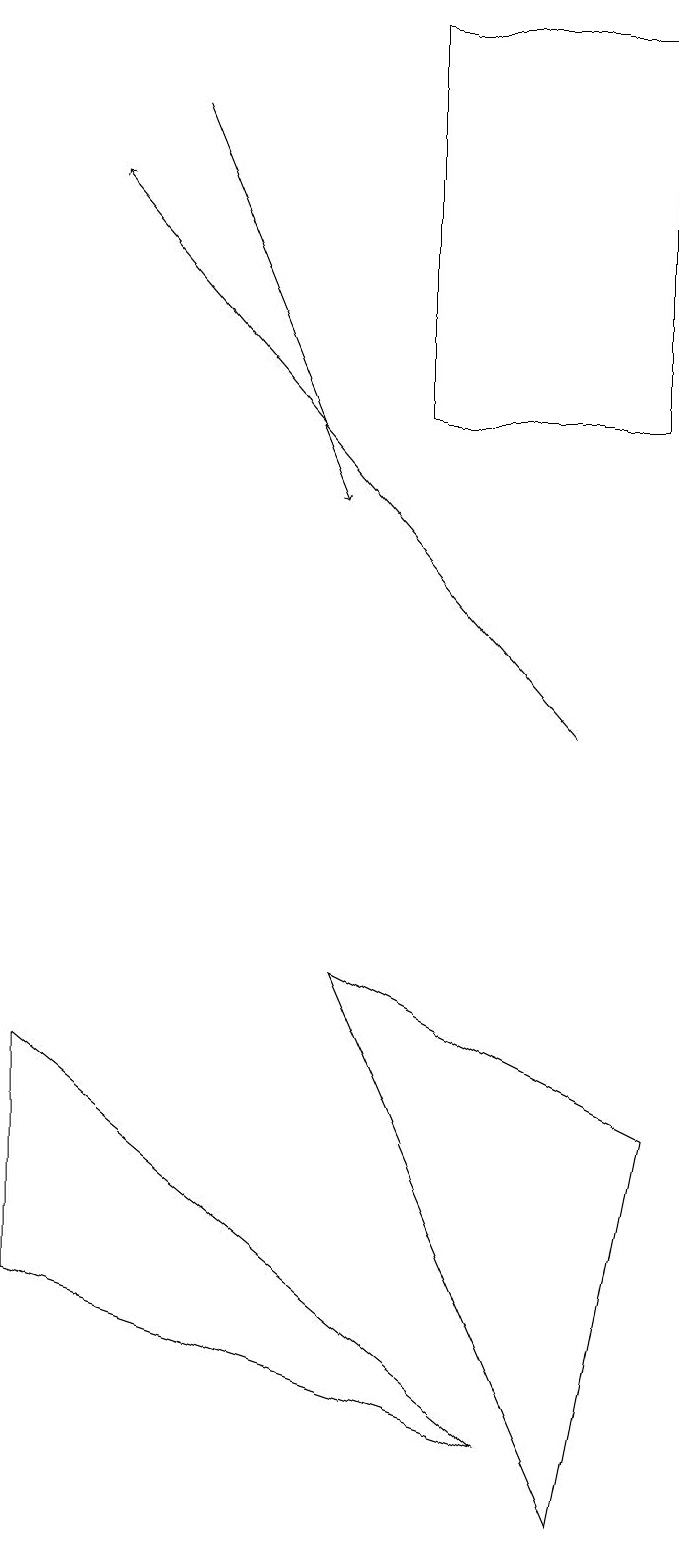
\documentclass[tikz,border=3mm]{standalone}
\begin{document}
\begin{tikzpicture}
\draw (7,1) -- (1,6) -- (1,3) -- cycle;
\draw (5,7) -- (8,0) -- (9,5) -- cycle;
\draw[->] (8,10) -- (2,17);
\draw (6,14) rectangle (9,19);
\draw[->] (3,18) -- (5,13);
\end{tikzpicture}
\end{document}